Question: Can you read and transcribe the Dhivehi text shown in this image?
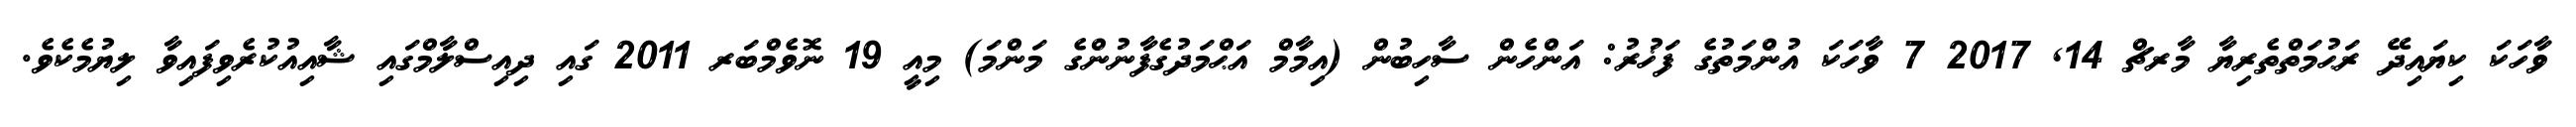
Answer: ވާހަކަ ކިޔައިދޭ ރަޙުމަތްތެރިޔާ މާރޗް 14, 2017 7 ވާހަކަ އުންމަތުގެ ފަޚުރު: އަންހެން ސާހިބުން (އިމާމް އަޙްމަދުގެފާނުންގެ މަންމަ) މިއީ 19 ނޮވެމްބަރ 2011 ގައި ދިއިސްލާމްގައި ޝާއިއުކުރެވިފައިވާ ލިޔުމެކެވެ.